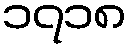
၁၇၁၈